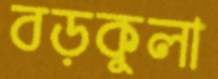
বড়কুলা